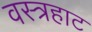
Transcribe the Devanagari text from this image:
वस्त्रहाट